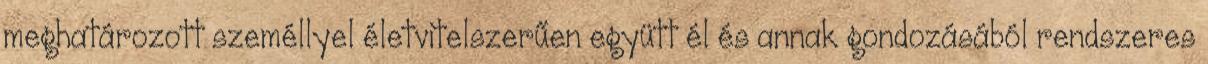
meghatározott személlyel életvitelszerűen együtt él és annak gondozásából rendszeres